Senior Leaving Certificate Examination (including Day School Certificate (Higher) General paper), 1948
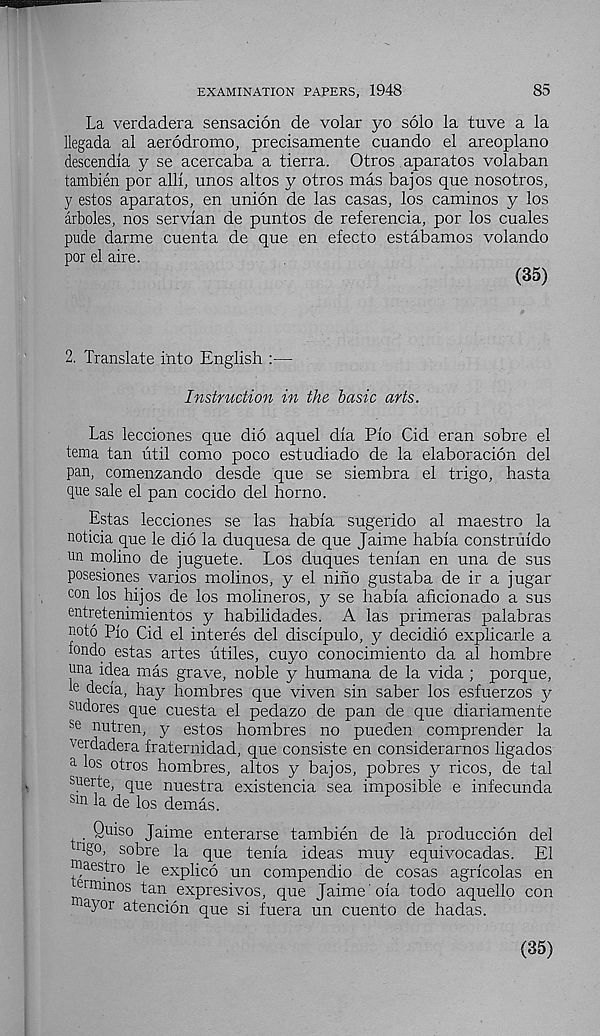
EXAMINATION PAPERS, 1948
85
La verdadera sensacion de volar yo solo la tuve a la
llegada al aerodromo, precisamente cuando el areoplano
descendia y se acercaba a tierra. Otros aparatos volaban
tambien por alll, unos altos y otros mas bajos que nosotros,
y estos aparatos, en union de las casas, los caminos y los
arboles, nos Servian de puntos de referenda, por los cuales
pude darme cuenta de que en efecto estabamos volando
por el aire.
(35)
2. Translate into English :—
Instruction in the basic arts.
Las lecdones que did aquel dia Pio Cid eran sobre el
tema tan util como poco estudiado de la elaboracion del
pan, comenzando desde que se siembra el trigo, hasta
que sale el pan coddo del horno.
Estas lecdones se las habla sugerido al maestro la
noticia que le did la duquesa de que Jaime habia construido
un molino de juguete. Los duques tenian en una de sus
posesiones varies molinos, y el nino gustaba de ir a jugar
con los hijos de los molineros, y se habia aficionado a sus
entretenimientos y habilidades. A las primeras palabras
noto Pio Cid el interes del discipulo, y decidid explicarle a
iondo estas artes utiles, cuyo conocimiento da al hombre
una idea mas grave, noble y humana de la vida ; porque,
le decia, h.a.y hombres que viven sin saber los esfuerzos y
sudores que cuesta el pedazo de pan de que diariamente
se nutren, y estos hombres no pueden comprender la
verdadera fraternidad, que consiste en considerarnos ligados
a los otros hombres, altos y bajos, pobres y ricos, de tal
suerte, que nuestra existencia sea imposible e infecunda
Sm l a de los demas.
Quiso Jaime enterarse tambien de la production del
n go, sobre la que tenia ideas muy equivocadas. El
maestro le explico un compendio de cosas agricolas en
ermmos tan expresivos, que Jaime oia todo aquello con
la yor atencion que si fuera un cuento de hadas.
(35)